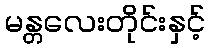
မန္တလေးတိုင်းနှင့်